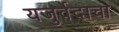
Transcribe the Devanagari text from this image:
यजुर्वेदाचा